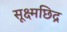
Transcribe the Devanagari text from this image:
सूक्ष्मछिद्र